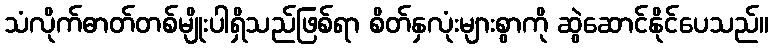
သံလိုက်ဓာတ်တစ်မျိုးပါရှိသည်ဖြစ်ရာ စိတ်နှလုံးများစွာကို ဆွဲဆောင်နိုင်ပေသည်။